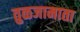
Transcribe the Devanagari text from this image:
तुळजामाता